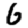
Digit: 6